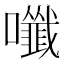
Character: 𡄑